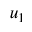
u _ { 1 }